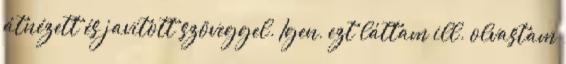
átnézett és javított szöveggel. Igen, ezt láttam ill. olvastam